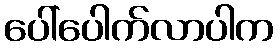
ပေါ်ပေါက်လာပါက